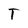
Character: T